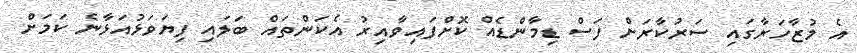
އެ މުޒާހަރާގައި ސަރުކާރަށް ފަސް ޑިމާންޑެއް ކޮށްފައިވާއިރު އެކަންތައް ބަލައި ފިޔަވަޅުއަޅާނެ ކަމަށް